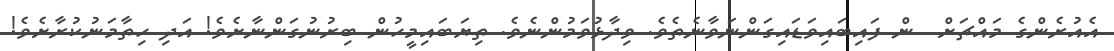
އެއުރެންގެ މައްޗަށް  ން ފައިބައިވަޑައިގަންނަވާނެތެވެ. ވިދާޅުވަމުންނެވެ. ތިޔަބައިމީހުން ބިރުނުގަންނާށެވެ! އަދި ހިތާމަނުކުރާށެވެ!